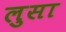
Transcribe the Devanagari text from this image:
लुसा